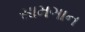
સામગાન